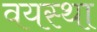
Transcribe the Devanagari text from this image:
वयस्था